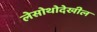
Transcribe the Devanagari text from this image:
लेसोथोदेखील